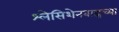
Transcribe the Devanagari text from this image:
श्लेसिशेनबाह्नच्या